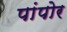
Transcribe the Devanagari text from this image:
पांपोर